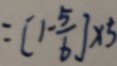
= [ 1 - \frac { 5 } { 6 } ] \times 5